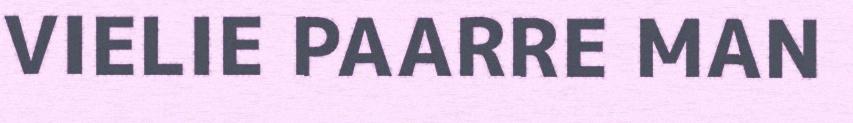
VIELIE PAARRE MAN